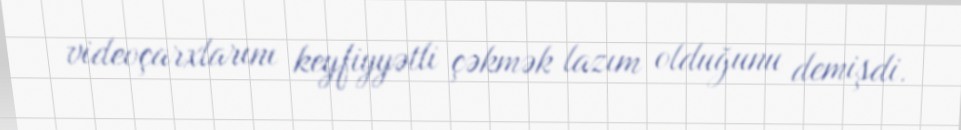
videoçarxlarını keyfiyyətli çəkmək lazım olduğunu demişdi.